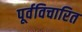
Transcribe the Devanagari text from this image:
पूर्वविचारित